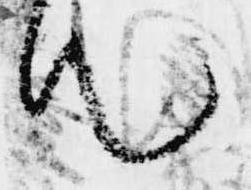
て